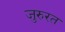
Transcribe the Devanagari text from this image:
जुरुरत